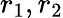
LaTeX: r_{1},r_{2}